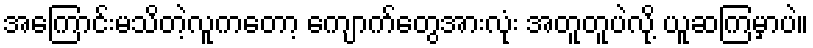
အကြောင်းမသိတဲ့လူကတော့ ကျောက်တွေအားလုံး အတူတူပဲလို့ ယူဆကြမှာပဲ။